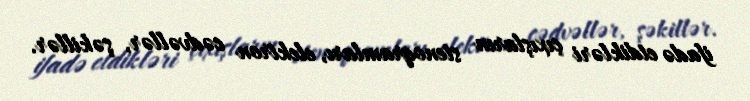
ifadə etdikləri çıxışların stenoqramları, elektron cədvəllər, şəkillər.